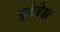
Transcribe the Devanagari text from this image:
ग्वेदेझ